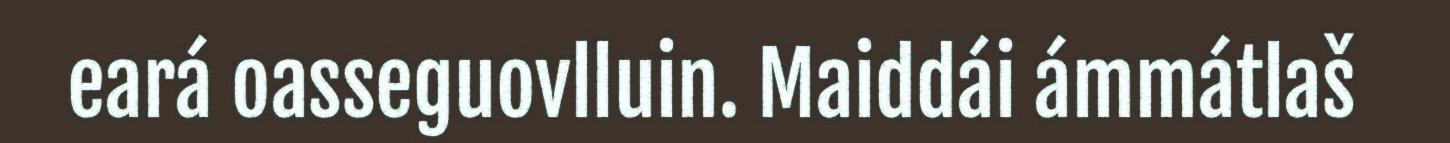
eará oasseguovlluin. Maiddái ámmátlaš